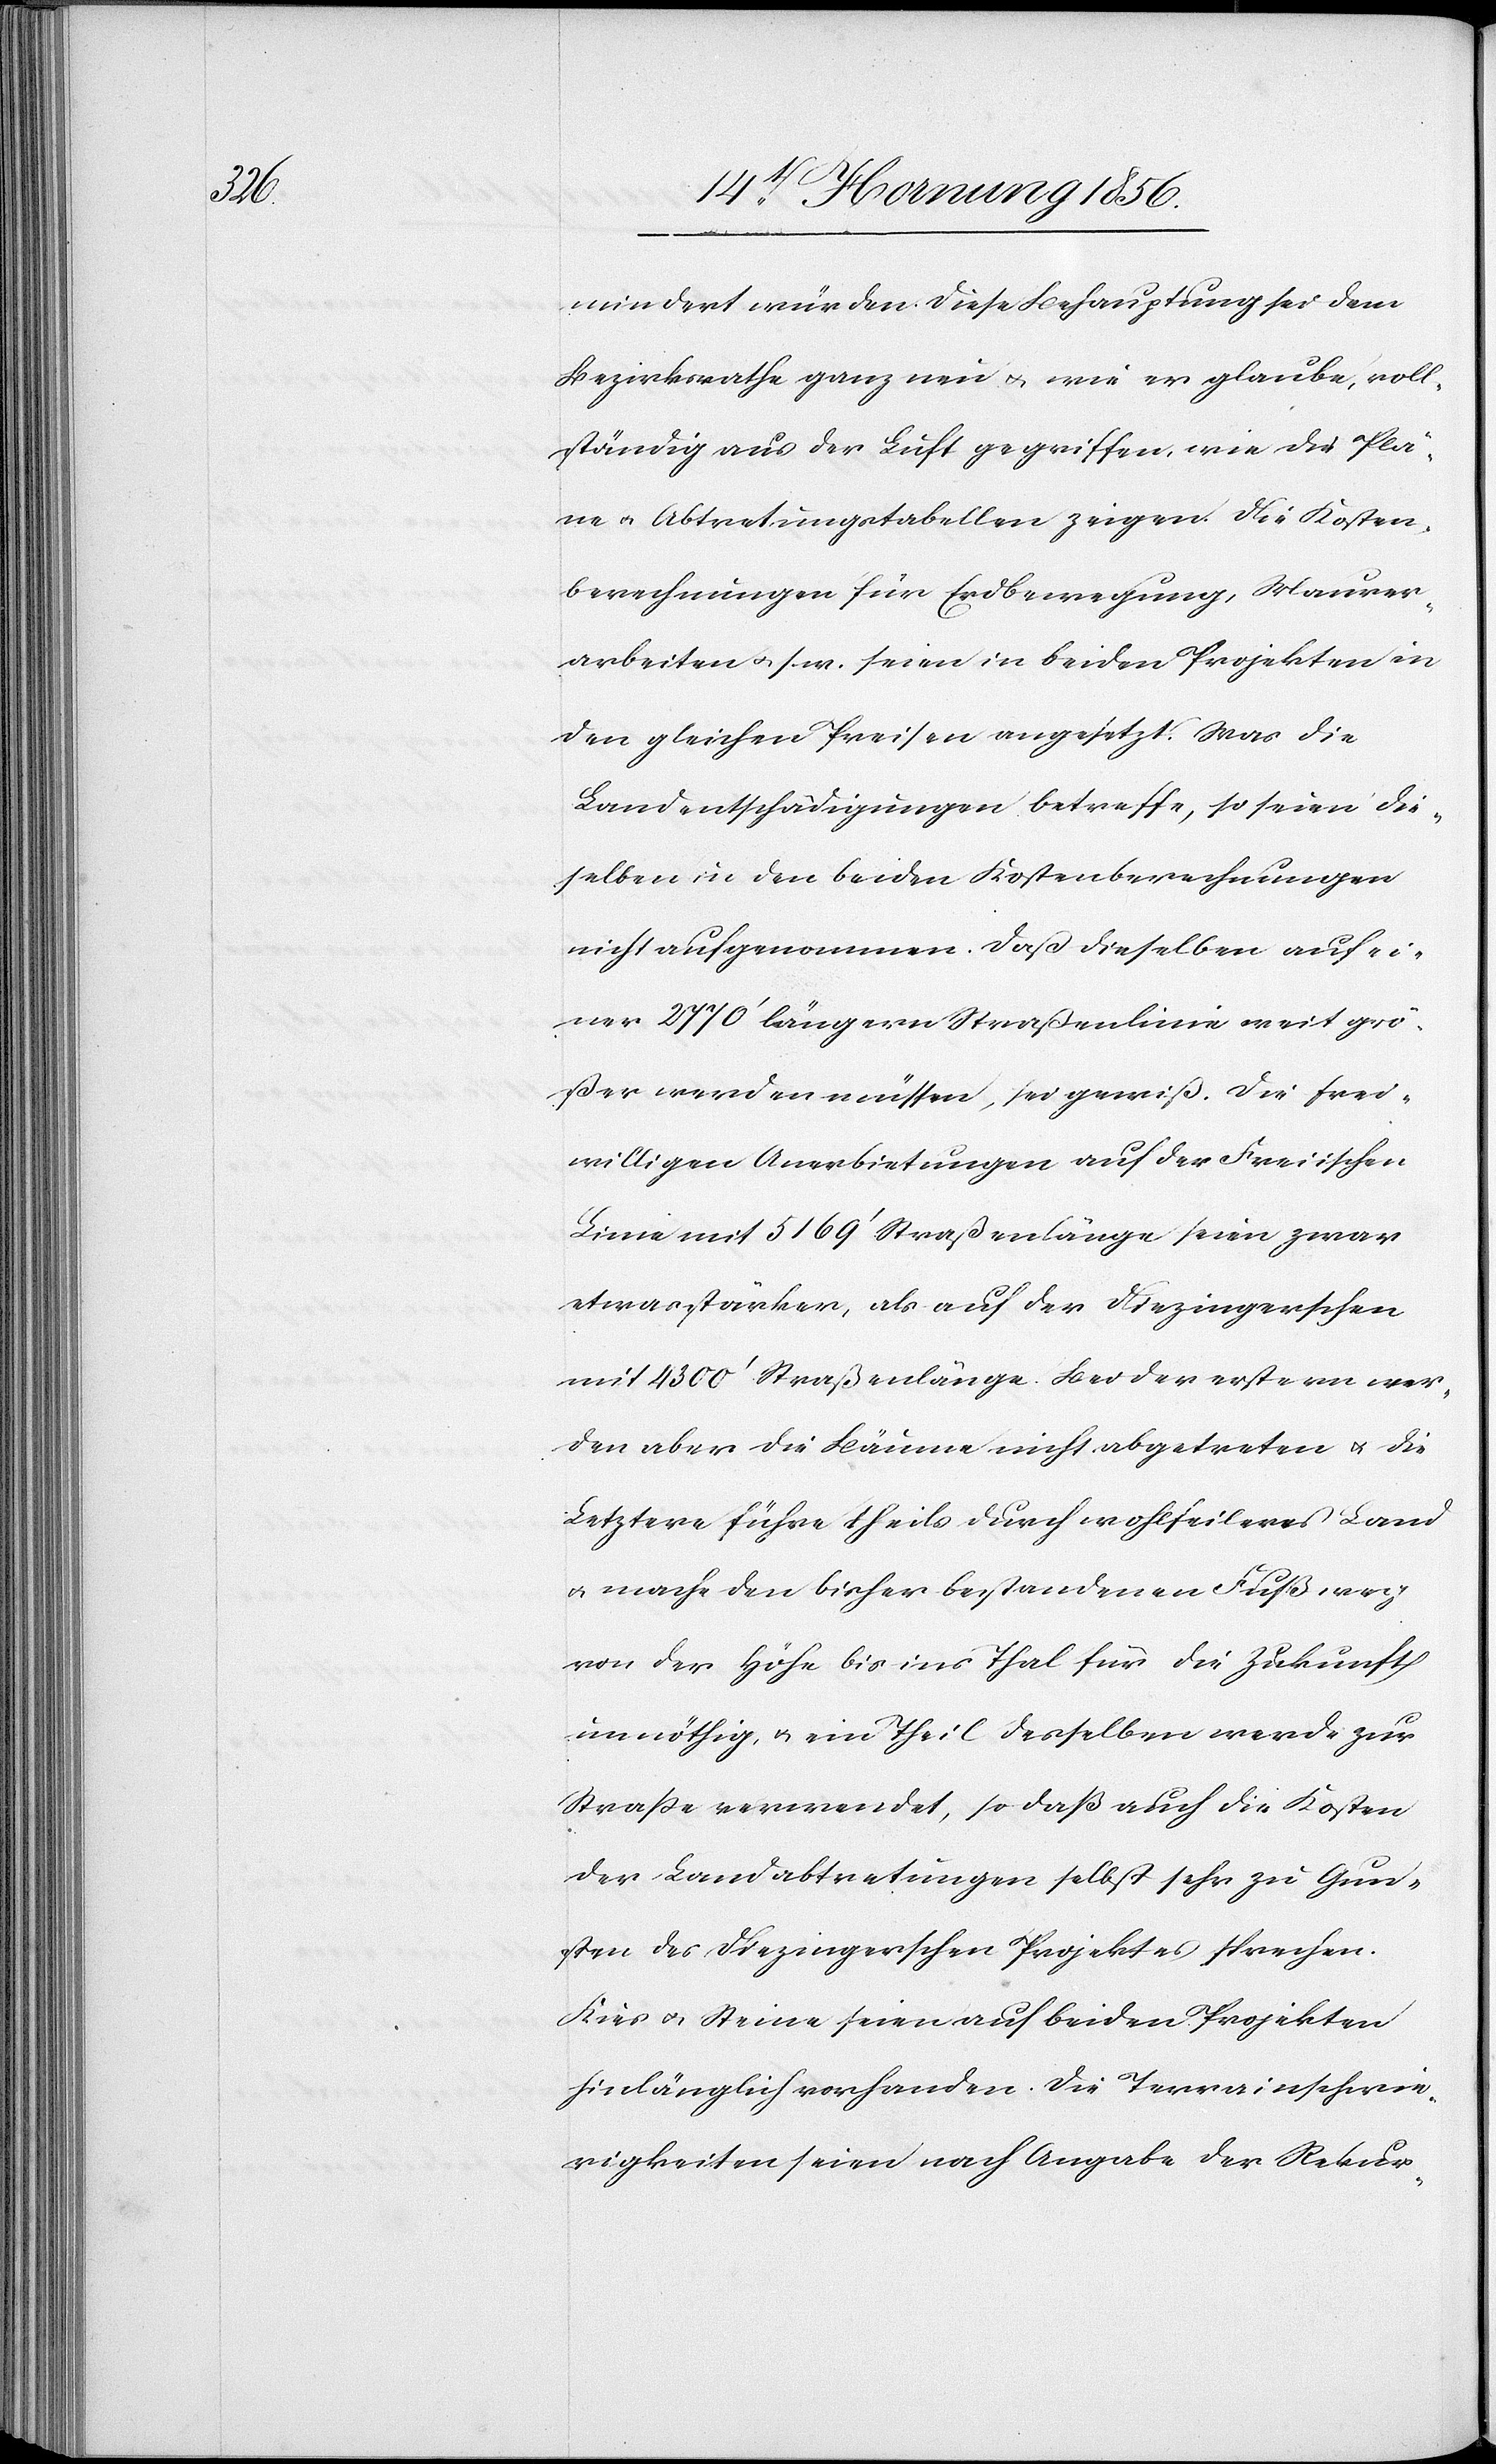
mindert würden. Diese Behauptung sei dem
Bezirksrathe ganz neu u. wie er glaube, voll¬
ständig aus der Luft gegriffen, wie die Plä¬
ne u. Abtretungstabellen zeigen. Die Kosten¬
berechnungen für Erdbewegung, Maurer¬
arbeiten u. s. w. seien in beiden Projekten in
den gleichen Preisen angesetzt. Was die
Landentschädigungen betreffe, so seien die¬
selben in den beiden Kostenberechnungen
nicht aufgenommen. Daß dieselben auf ei¬
ner 2770’ längern Straßenlinie weit grö¬
ßer werden müssen, sei gewiß. Die frei¬
willigen Anerbietungen auf der Freiischen
Linie mit 5169’ Straßenlänge seien zwar
etwas stärker, als auf der Diezingerschen
mit 4300’ Straßenlänge. Bei der erstern wer¬
den aber die Bäume nicht abgetreten u. die
Letztere führe theils durch wohlfeileres Land
u. mache den bisher bestandenen Fußweg
von der Höhe bis ins Thal für die Zukunft
unnöthig, u. ein Theil desselben werde zur
Straße verwendet, sodaß auch die Kosten
der Landabtretungen selbst sehr zu Gun¬
sten des Diezingerschen Projektes sprechen.
Kies u. Steine seien auf beiden Projekten
hinlänglich vorhanden. Die Terrainschwie¬
rigkeiten seien nach Angabe der Rekur-